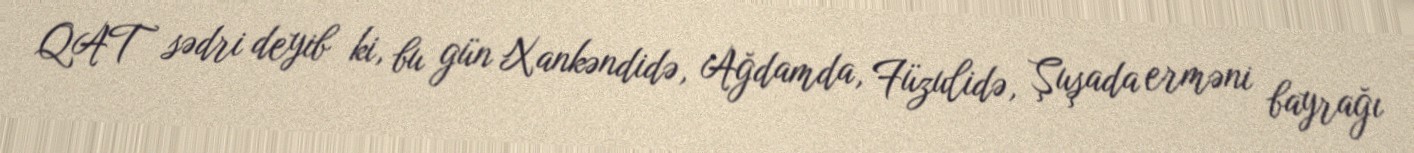
QAT sədri deyib ki, bu gün Xankəndidə, Ağdamda, Füzulidə, Şuşada erməni bayrağı